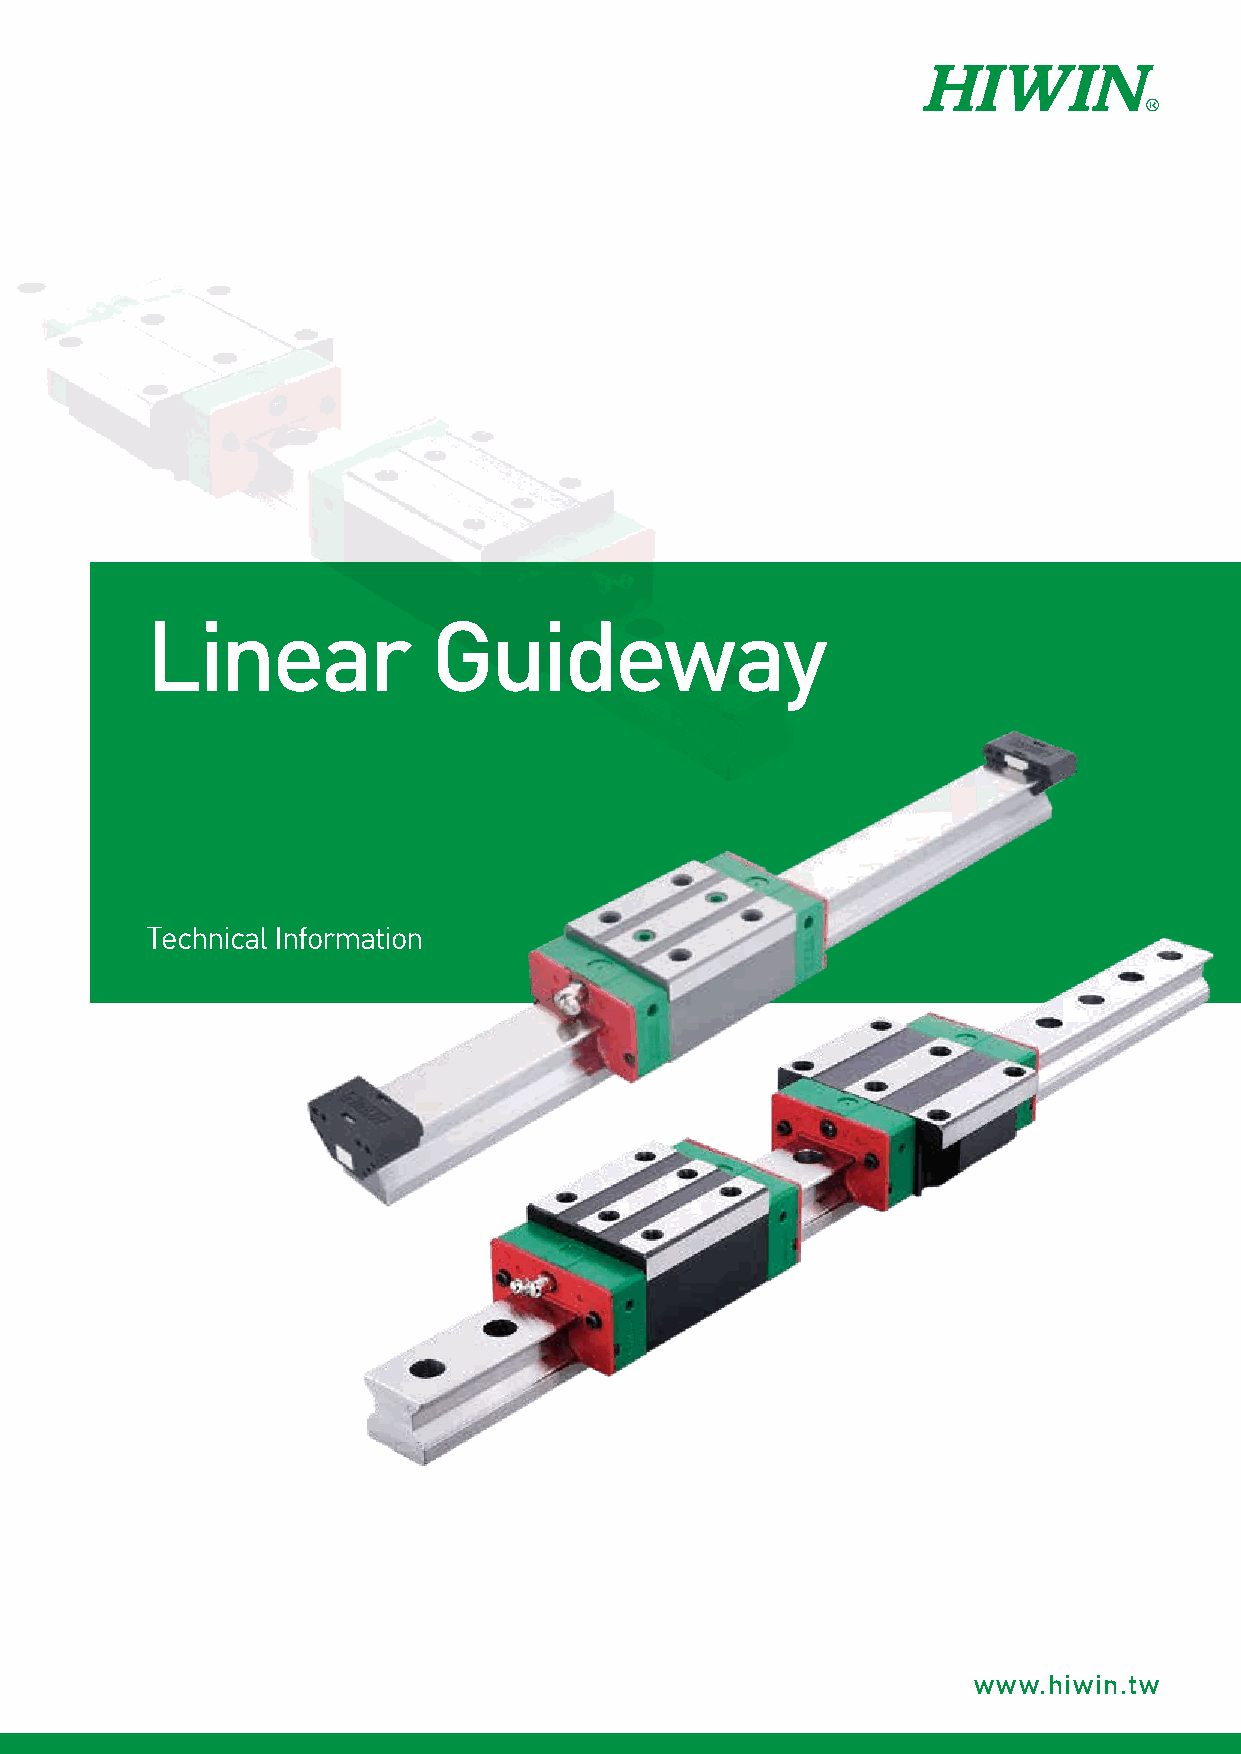
Linear             Guideway
 Technical Information
 Subsidiaries / Research Center
 HIWIN GmbH         HIWIN Srl     HIWIN KOREA       HIWIN TECHNOLOGIES CORP.
 OFFENBURG, GERMANY BRUGHERIO, ITALY SUWON‧CHANGWON, KOREA No. 7, Jingke Road,
 www.hiwin.de       www.hiwin.it  www.hiwin.kr      Taichung Precision Machinery Park,
 www.hiwin.eu       info@hiwin.it info@hiwin.kr
 Taichung 40852, Taiwan
 info@hiwin.de
 Tel: +886-4-23594510
 Fax: +886-4-23594420
 www.hiwin.tw
 HIWIN JAPAN        HIWIN s.r.o.  HIWIN CHINA       business@hiwin.tw
 KOBE‧TOKYO‧NAGOYA‧NAGANO‧ BRNO, CZECH REPUBLIC SUZHOU, CHINA
 TOHOKU‧SHIZUOKA．HOKURIKU‧ www.hiwin.cz www.hiwin.cn
 HIROSHIMA‧FUKUOKA‧KUMAMOTO, info@hiwin.cz info@hiwin.cn
 JAPAN
 www.hiwin.co.jp
 info@hiwin.co.jp
 HIWIN USA          HIWIN SINGAPORE Mega-Fabs Motion Systems, Ltd.
 CHICAGO, U.S.A.    SINGAPORE     HAIFA, ISRAEL
 www.hiwin.com      www.hiwin.sg  www.mega-fabs.com
 info@hiwin.com     info@hiwin.sg info@mega-fabs.com
 www.hiwin.tw
 Copyright © HIWIN Technologies Corp.
 The specifications in this catalog are subject to change without notification. ©2019 FORM G99TE21-1911 (PRINTED IN TAIWAN)
 Linear
 Guideway
 Technical
 Information